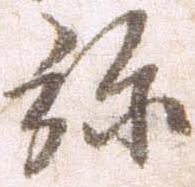
弥